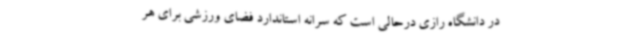
در دانشگاه رازی درحالی است که سرانه استاندارد فضای ورزشی برای هر